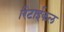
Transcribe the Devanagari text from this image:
रिटाईकल